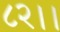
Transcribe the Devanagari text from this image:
८२।।